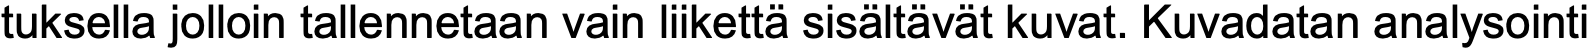
tuksella jolloin tallennetaan vain liikettä sisältävät kuvat. Kuvadatan analysointi